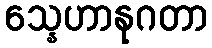
သ္နေဟာနုဂတာ